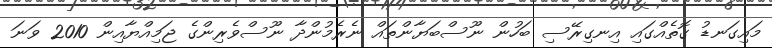
މައިގަނޑު ގޮތެއްގައި އިނގިރޭސި ބަހުން ނޫސްބަޔާންތައް ނެރެމުންދާ ނޫސްވެރިންގެ ޖަމިއްޔާއިން 2010 ވަނަ